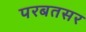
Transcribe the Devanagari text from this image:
परबतसर